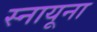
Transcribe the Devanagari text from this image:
स्नायूना